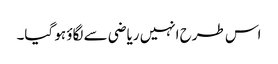
اس طرح انہیں ریاضی سے لگاؤ ہو گیا۔